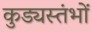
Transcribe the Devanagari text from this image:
कुड्यस्तंभों